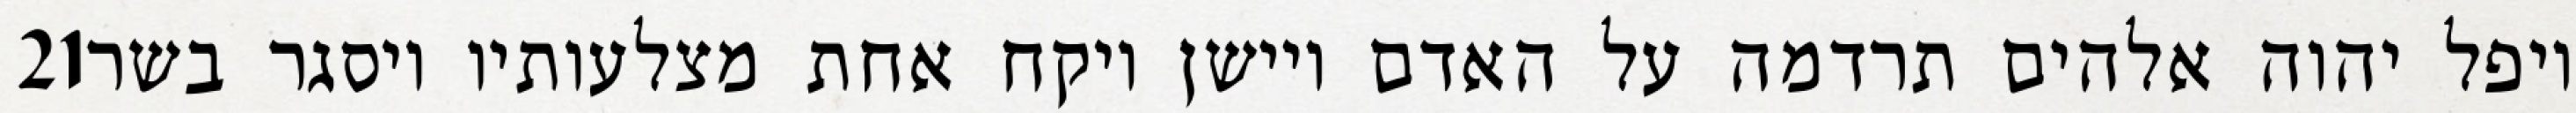
‎21‏ ויפל יהוה אלהים תרדמה על האדם ויישן ויקח אחת מצלעותיו ויסגר בשר